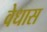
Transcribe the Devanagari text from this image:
वेधास